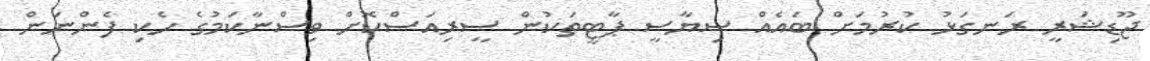
ޖޫޑިޝަރީ ރަނގަޅު ކުރުމަށް ބައެއް ސިޔާސީ ޕާޓީތަކުން ސީރިއަސްކޮށް ވިސްނާކަމުގެ ހެކި ފެންނަން